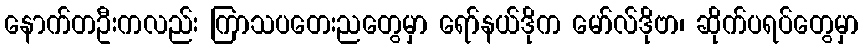
နောက်တဦးကလည်း ကြာသပတေးညတွေမှာ ရော်နယ်ဒိုက မော်လ်ဒိုဗာ၊ ဆိုက်ပရပ်တွေမှာ